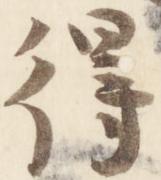
得